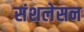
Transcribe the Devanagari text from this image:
संशलेसन